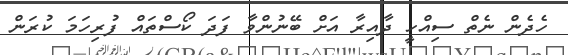
ހެދެން ނެތް ސިއްހީ ދާއިރާ އަށް ބޭނުންވާ ފަދަ ކޯސްތައް ފުރިހަމަ ކުރަން